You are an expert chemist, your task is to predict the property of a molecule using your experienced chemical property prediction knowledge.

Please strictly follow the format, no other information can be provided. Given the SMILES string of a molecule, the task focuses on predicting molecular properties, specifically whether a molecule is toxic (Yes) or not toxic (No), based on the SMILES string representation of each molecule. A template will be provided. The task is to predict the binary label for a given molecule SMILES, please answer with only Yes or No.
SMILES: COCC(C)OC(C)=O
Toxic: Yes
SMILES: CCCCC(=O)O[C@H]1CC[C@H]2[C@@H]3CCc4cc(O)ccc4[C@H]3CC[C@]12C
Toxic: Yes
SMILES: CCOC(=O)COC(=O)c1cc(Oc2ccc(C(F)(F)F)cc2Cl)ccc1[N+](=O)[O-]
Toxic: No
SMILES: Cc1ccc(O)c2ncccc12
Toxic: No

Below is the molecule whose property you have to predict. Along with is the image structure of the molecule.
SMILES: CC(O)COc1ccccc1
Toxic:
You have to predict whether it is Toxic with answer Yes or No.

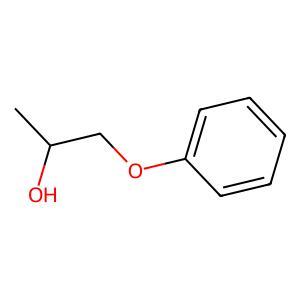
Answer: No